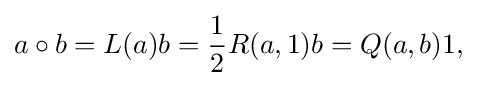
\displaystyle {a\circ b=L(a)b={\frac {1}{2}}R(a,1)b=Q(a,b)1,}